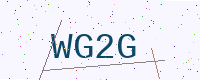
Text: WG2G